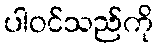
ပါဝင်သည်ကို